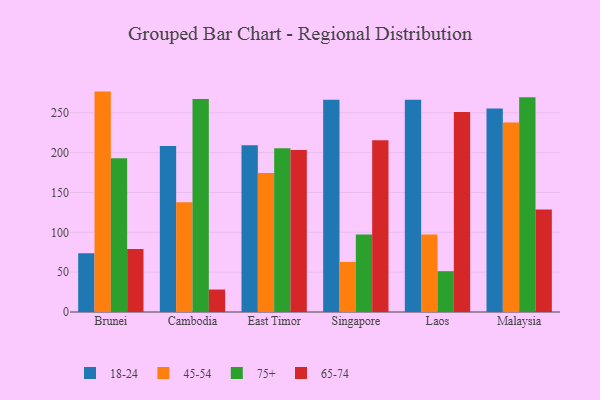
{"axis": {"x": "Country", "y": "Gross Profit (USD K)"}, "legend": ["18-24", "45-54", "65-74", "75+"], "data": [{"x": "Brunei", "y": 73.7, "type": "18-24"}, {"x": "Brunei", "y": 276.6, "type": "45-54"}, {"x": "Brunei", "y": 193.1, "type": "75+"}, {"x": "Brunei", "y": 79.2, "type": "65-74"}, {"x": "Cambodia", "y": 208.2, "type": "18-24"}, {"x": "Cambodia", "y": 137.7, "type": "45-54"}, {"x": "Cambodia", "y": 267.4, "type": "75+"}, {"x": "Cambodia", "y": 28.2, "type": "65-74"}, {"x": "East Timor", "y": 209.3, "type": "18-24"}, {"x": "East Timor", "y": 174.3, "type": "45-54"}, {"x": "East Timor", "y": 205.6, "type": "75+"}, {"x": "East Timor", "y": 203.3, "type": "65-74"}, {"x": "Singapore", "y": 266.5, "type": "18-24"}, {"x": "Singapore", "y": 62.8, "type": "45-54"}, {"x": "Singapore", "y": 97.2, "type": "75+"}, {"x": "Singapore", "y": 215.5, "type": "65-74"}, {"x": "Laos", "y": 266.3, "type": "18-24"}, {"x": "Laos", "y": 97.2, "type": "45-54"}, {"x": "Laos", "y": 51.2, "type": "75+"}, {"x": "Laos", "y": 250.9, "type": "65-74"}, {"x": "Malaysia", "y": 255.3, "type": "18-24"}, {"x": "Malaysia", "y": 237.7, "type": "45-54"}, {"x": "Malaysia", "y": 269.6, "type": "75+"}, {"x": "Malaysia", "y": 128.6, "type": "65-74"}]}